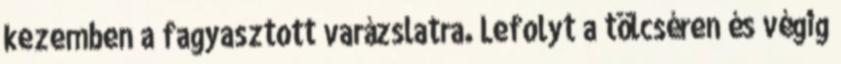
kezemben a fagyasztott varázslatra. Lefolyt a tölcséren és végig